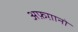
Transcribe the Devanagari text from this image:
अफ़ग़ानो